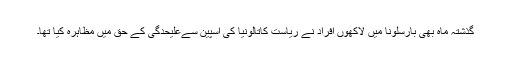
گذشتہ ماہ بھی بارسلونا میں لاکھوں افراد نے ریاست کاتالونیا کی اسپین سےعلیحدگی کے حق میں مظاہرہ کیا تھا۔